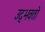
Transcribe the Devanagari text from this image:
उद्‌भवतो